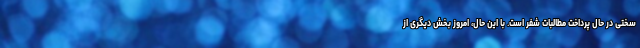
سختی در حال پرداخت مطالبات شفر است. با این حال، امروز بخش دیگری از